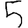
Digit: 5